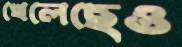
খেলেছেও